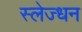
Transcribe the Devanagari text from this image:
स्लेज्धन